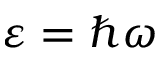
\varepsilon = \hbar \omega